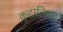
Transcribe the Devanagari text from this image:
कुद्दालिकां